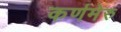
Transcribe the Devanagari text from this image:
कर्णमेरु